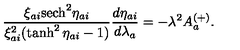
\frac { \xi _ { a i } \mathrm { s e c h } ^ { 2 } \eta _ { a i } } { \xi _ { a i } ^ { 2 } ( \tanh ^ { 2 } \eta _ { a i } - 1 ) } \frac { d \eta _ { a i } } { d \lambda _ { a } } = - \lambda ^ { 2 } A _ { a } ^ { ( + ) } .